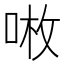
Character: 𠶣